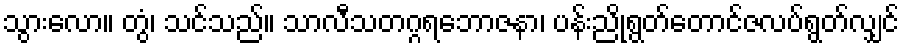
သွားလော။ တွံ၊ သင်သည်။ သာလီသတဂ္ဂရဘောဇနာ၊ ပန်းညိုရွတ်တောင်ဇလပ်ရွတ်လျှင်